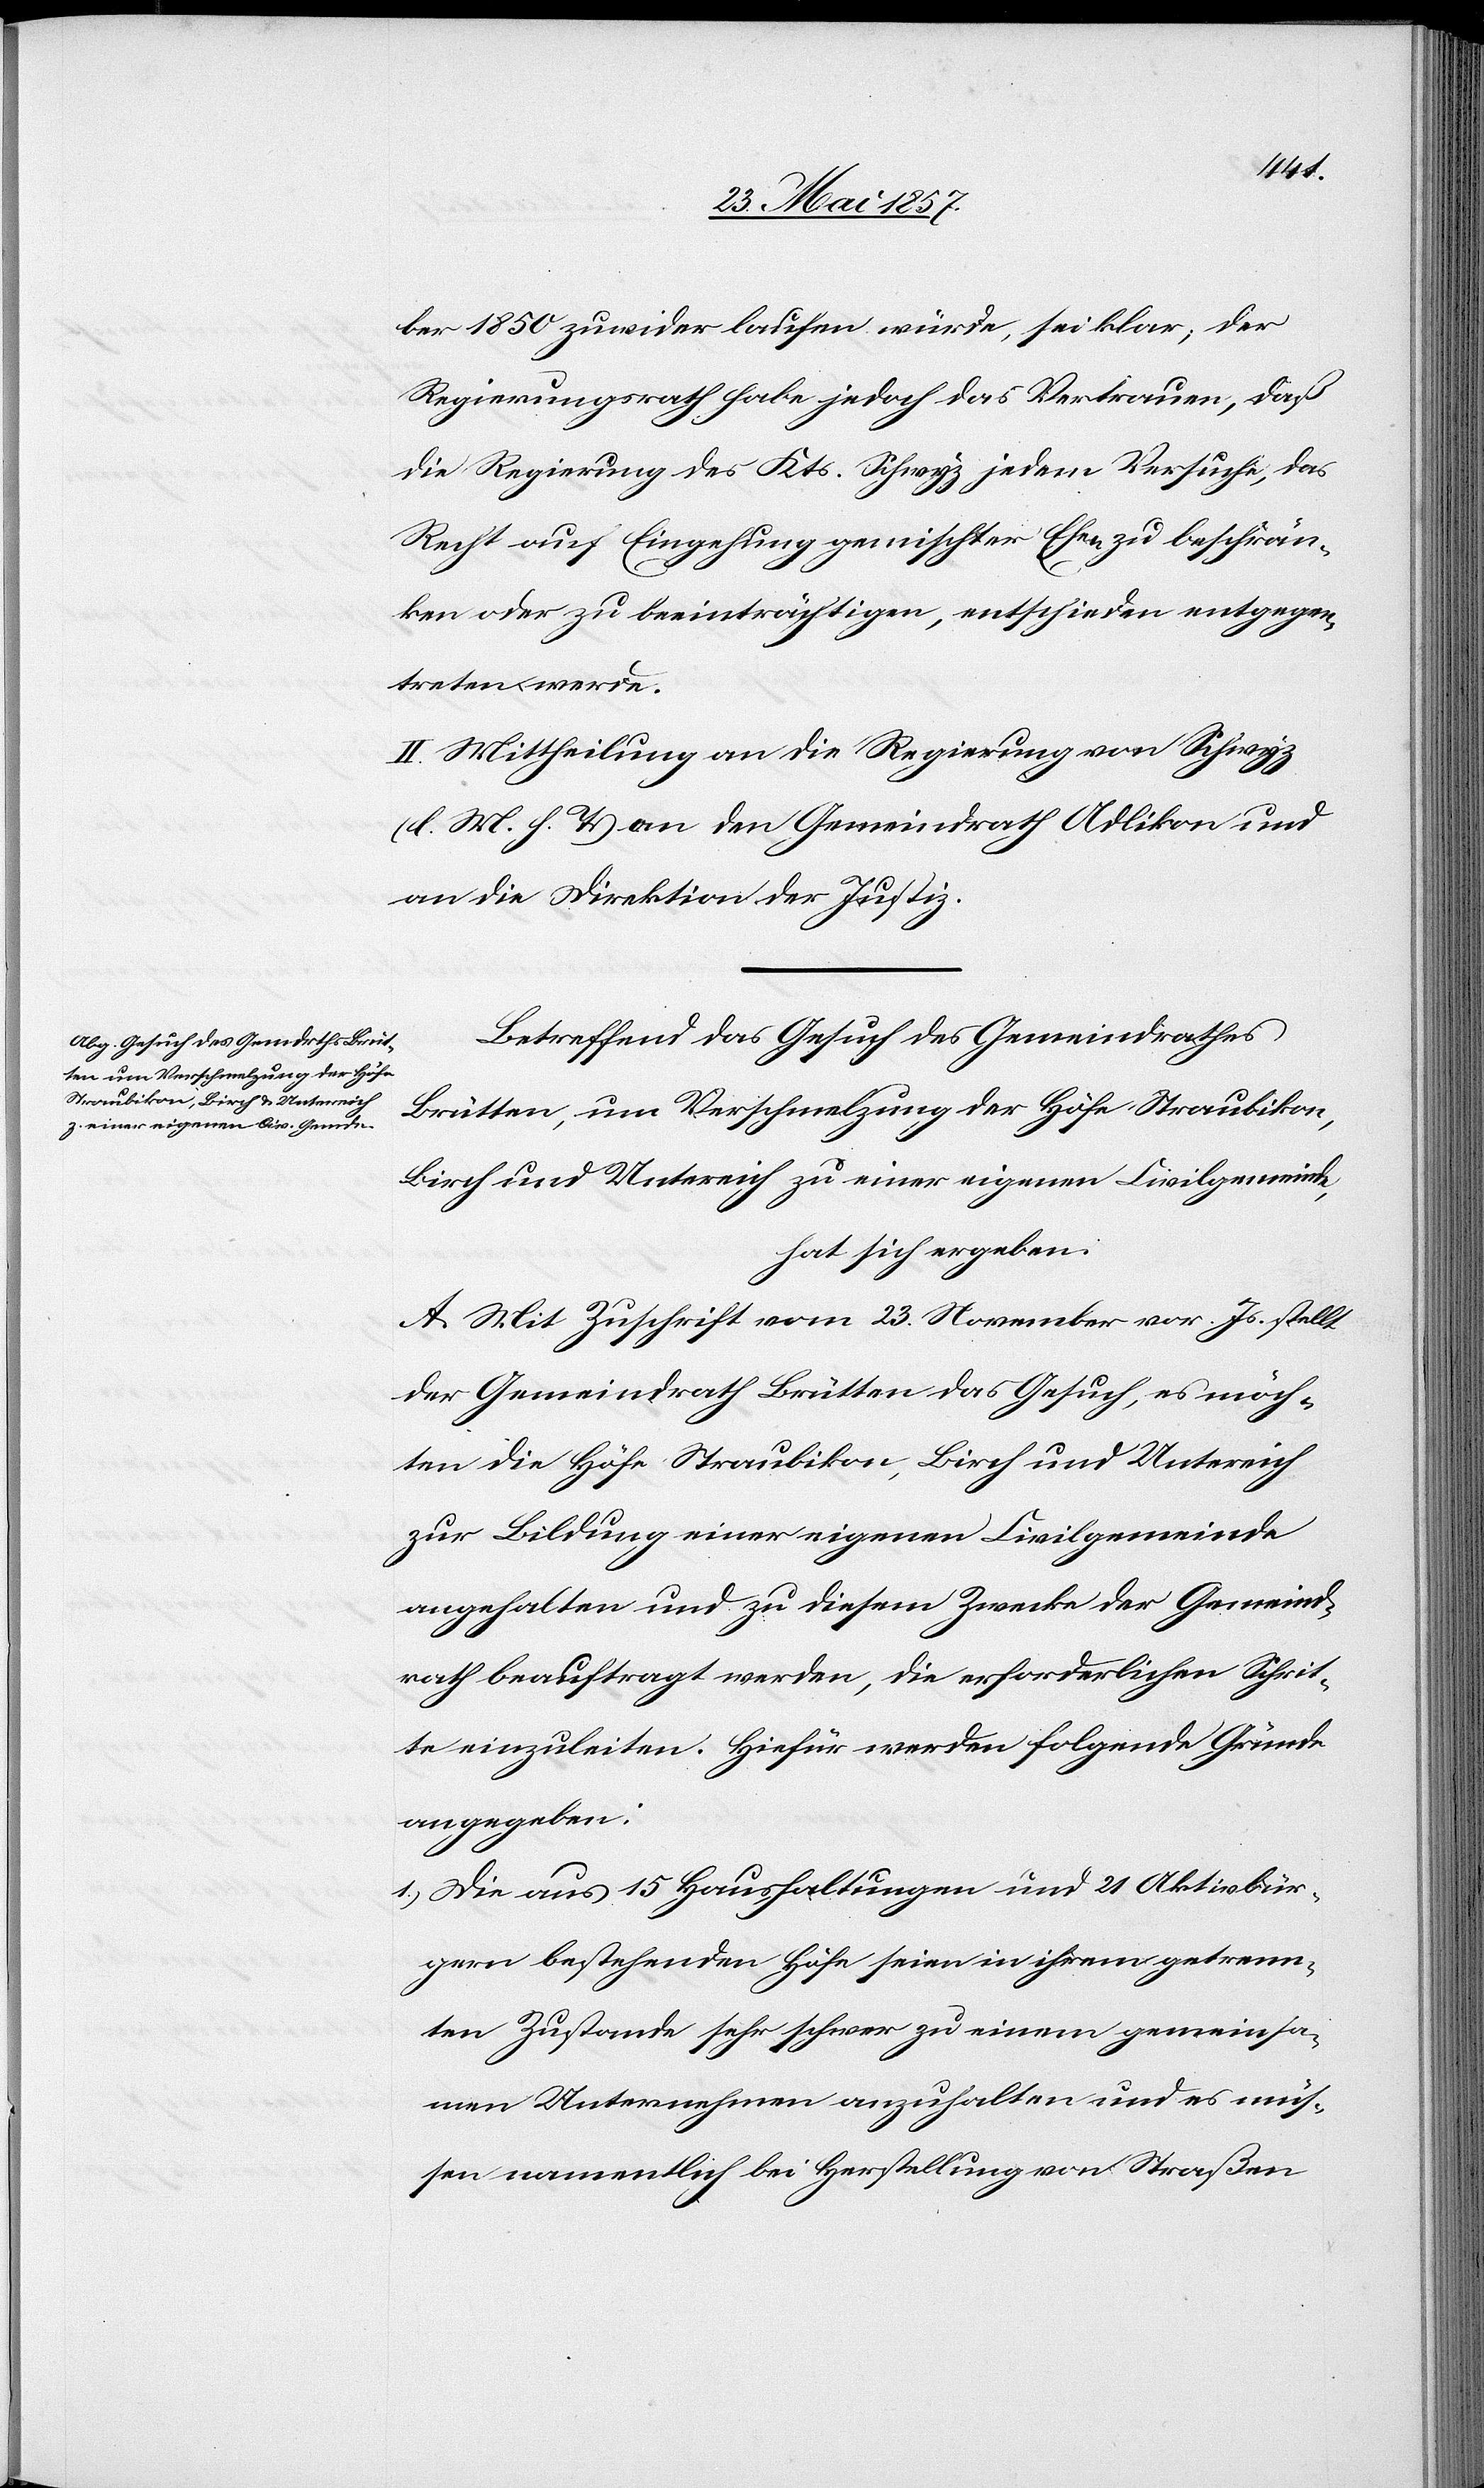
ber 1850 zuwider laufen würde, sei klar; der
Regierungsrath habe jedoch das Vertrauen, daß
die Regierung des Kts. Schwyz jedem Versuche, das
Recht auf Eingehung gemischter Ehen zu beschrän¬
ken oder zu beeinträchtigen, entschieden entgegen¬
treten werde.
II. Mittheilung an die Regierung von Schwyz
[l. M. h. T] an den Gemeindrath Adlikon und
an die Direktion der Justiz.
Betreffend das Gesuch des Gemeindrathes
Brütten, um Verschmelzung der Höfe Straubikon,
Birch und Untereich zu einer eigenen Civilgemeinde,
hat sich ergeben:
A. Mit Zuschrift vom 23 November vor. Js. stellt
der Gemeindrath Brütten das Gesuch, es möch¬
ten die Höfe Straubikon, Birch und Untereich
zur Bildung einer eigenen Civilgemeinde
angehalten und zu diesem Zwecke der Gemeind¬
rath beauftragt werden, die erforderlichen Schrit¬
te einzuleiten. Hiefür werden folgende Gründe
angegeben:
1.) Die aus 15 Haushaltungen und 21 Aktivbür¬
gern bestehenden Höfe seien in ihrem getrenn¬
ten Zustande sehr schwer zu einem gemeinsa¬
men Unternehmen anzuhalten und es müs¬
sten namentlich bei Herstellung von Straßen